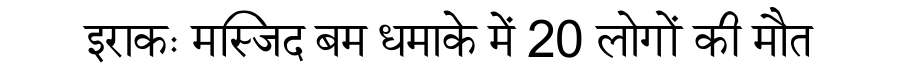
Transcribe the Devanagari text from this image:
इराकः मस्जिद बम धमाके में 20 लोगों की मौत